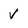
Character: v